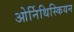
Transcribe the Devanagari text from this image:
ओर्निथिस्कियन